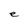
Character: e